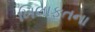
ખિલાફતના